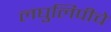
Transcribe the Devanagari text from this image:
लघुलिपीचे